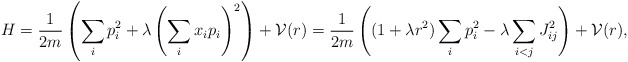
\begin{align*} H = \frac{1}{2m}\left(\sum_i p_i^2 + \lambda \left(\sum_i x_i p_i\right)^2\right) + {\cal V}(r) = \frac{1}{2m}\left((1+\lambda r^2) \sum_i p_i^2 - \lambda \sum_{i<j} J_{ij}^2\right) + {\cal V}(r), \end{align*}